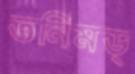
তনিমড্